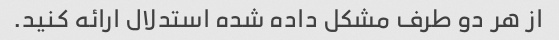
از هر دو طرف مشکل داده شده استدلال ارائه کنید.